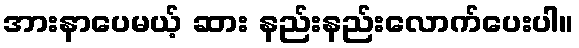
အားနာပေမယ့် ဆား နည်းနည်းလောက်ပေးပါ။